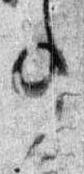
事